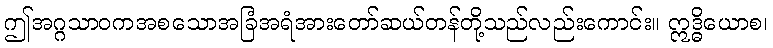
ဤအဂ္ဂသာဝကအစသောအခြံအရံအားတော်ဆယ်တန်တို့သည်လည်းကောင်း။ ဣဒ္ဓိယောစ၊